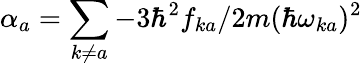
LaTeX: \alpha_{a}=\sum_{k\neq a}-3\hbar^{2}f_{ka}/2m(\hbar\omega_{ka})^{2}